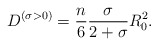
\begin{align*}D^{(\sigma > 0)}=\frac{n}{6} \frac{\sigma}{2+\sigma} R_0^2.\end{align*}